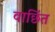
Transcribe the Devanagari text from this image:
वाछिंत